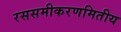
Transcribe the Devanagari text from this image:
रससमीकरणमितीय